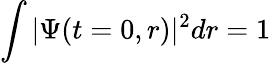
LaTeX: \int|\Psi(t=0,r)|^{2}dr=1